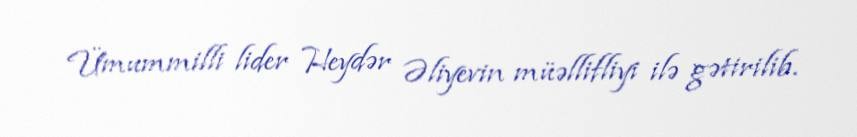
Ümummilli lider Heydər Əliyevin müəllifliyi ilə gətirilib.